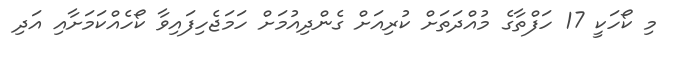
މި ކޯހަކީ 17 ހަފްތާގެ މުއްދަތަށް ކުރިއަށް ގެންދިއުމަށް ހަމަޖެހިފައިވާ ކޯހެއްކަމަށާއި އަދި